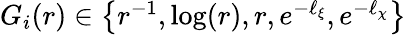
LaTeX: \begin{array}{r}{G_{i}(r)\in\left\{ r^{-1},\log(r),r,e^{-\ell_{\xi}},e^{-\ell_{\chi}}\right\} }\end{array}